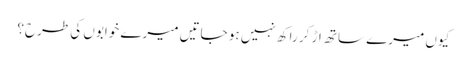
کیوں میرے ساتھ اڑ کر راکھ نہیں ہو جاتیں میرے خوابوں کی طرح؟